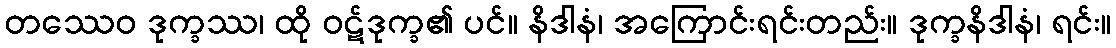
တဿေဝ ဒုက္ခဿ၊ ထို ဝဋ်ဒုက္ခ၏ ပင်။ နိဒါနံ၊ အကြောင်းရင်းတည်း။ ဒုက္ခနိဒါနံ၊ ရင်း။